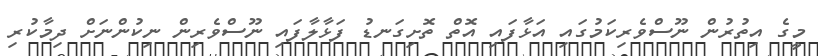
މީގެ އިތުރުން ނޫސްވެރިކަމުގައި އަޅާފައި އޮތް ތޮށިގަނޑު ފަޅާލާފައި ނޫސްވެރިން ނިކުންނަށް ދިމާކުރި